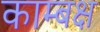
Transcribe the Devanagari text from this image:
काम्बक्ष